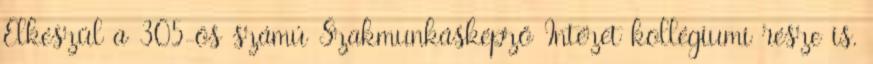
Elkészül a 305-ös számú Szakmunkásképző Intézet kollégiumi része is.